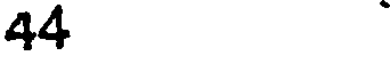
44